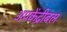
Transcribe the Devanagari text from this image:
अपकेंद्रीबल